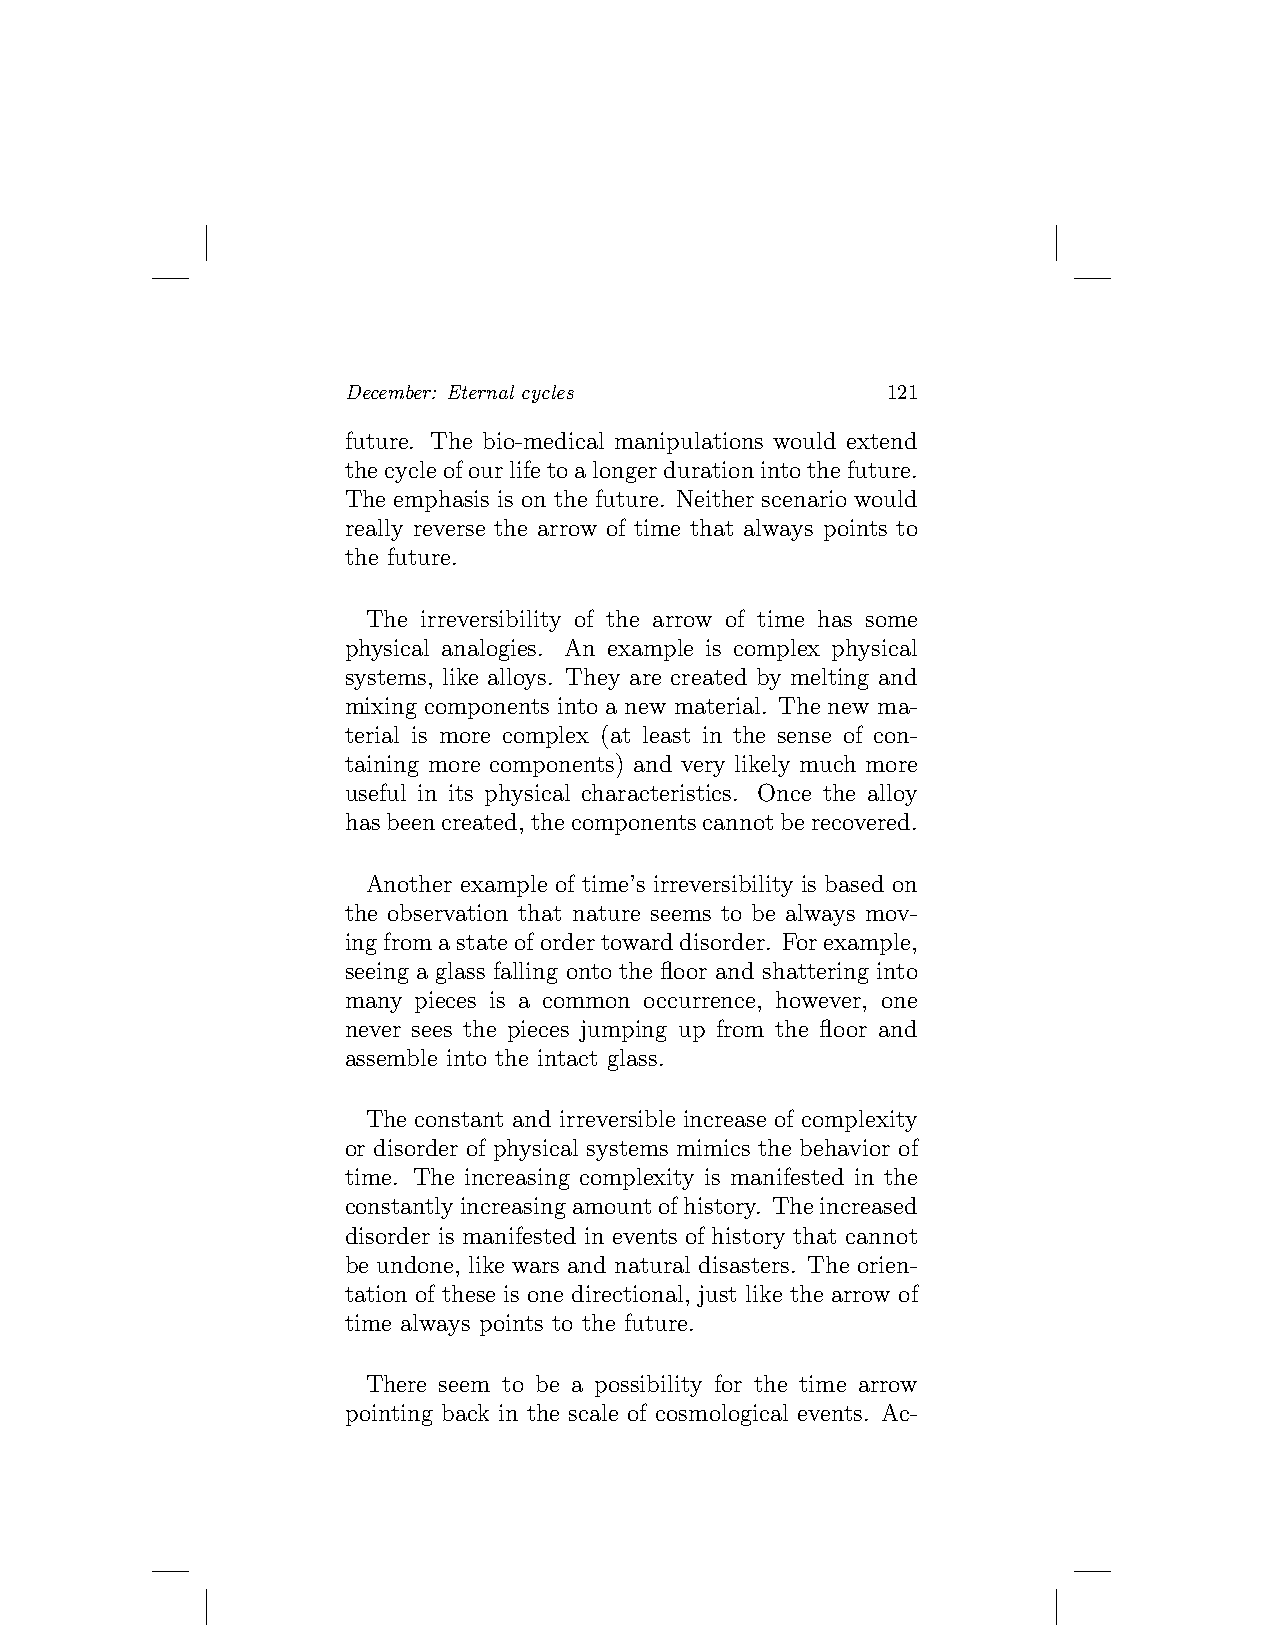
December: Eternal cycles            121
 future. The bio-medical manipulations would extend
 thecycleofourlifetoalongerdurationintothefuture.
 The emphasis is on the future. Neither scenario would
 really reverse the arrow of time that always points to
 the future.
 The irreversibility of the arrow of time has some
 physical analogies. An example is complex physical
 systems, like alloys. They are created by melting and
 mixing components into a new material. The new ma-
 terial is more complex (at least in the sense of con-
 taining more components) and very likely much more
 useful in its physical characteristics. Once the alloy
 hasbeencreated,thecomponentscannotberecovered.
 Another example of time’s irreversibility is based on
 the observation that nature seems to be always mov-
 ingfromastateofordertowarddisorder. Forexample,
 seeing a glass falling onto the floor and shattering into
 many pieces is a common occurrence, however, one
 never sees the pieces jumping up from the floor and
 assemble into the intact glass.
 The constant and irreversible increase of complexity
 or disorder of physical systems mimics the behavior of
 time. The increasing complexity is manifested in the
 constantlyincreasingamountofhistory. Theincreased
 disorder is manifested in events of history that cannot
 be undone, like wars and natural disasters. The orien-
 tation of these is one directional, just like the arrow of
 time always points to the future.
 There seem to be a possibility for the time arrow
 pointing back in the scale of cosmological events. Ac-